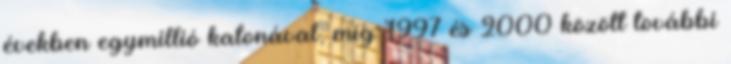
években egymillió katonával, míg 1997 és 2000 között további